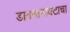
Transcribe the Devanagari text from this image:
डायनामायटाचा